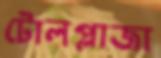
টোলপ্লাজা